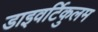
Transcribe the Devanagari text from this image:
डाइवर्टिकुलम